Annual report on the Civil Veterinary Department, Burma (including the Insein Veterinary School) - 1910-1922
Year: 1910
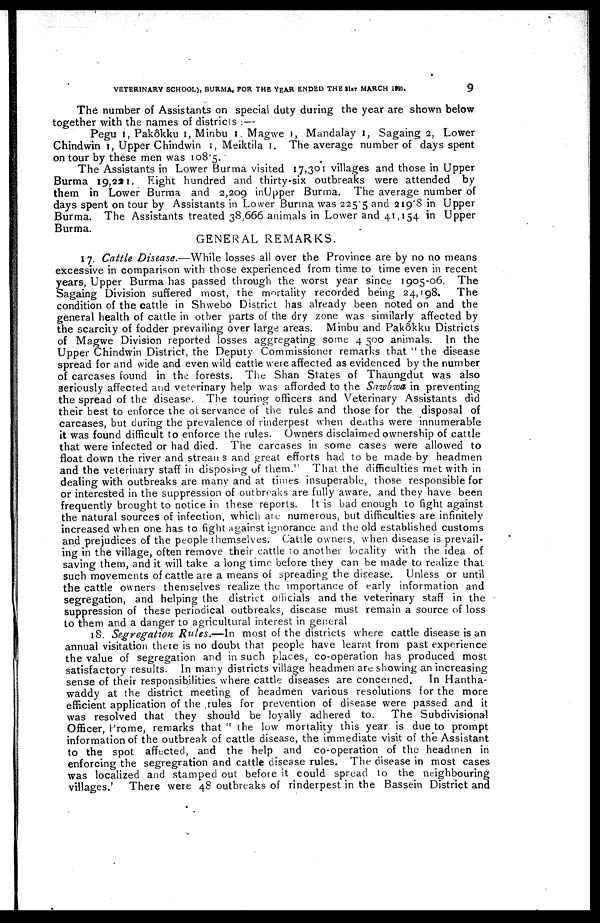
VETERINARY SCHOOL), BURMA, FOR THE YEAR ENDED THE 31st MARCH
1921.
9
The number of Assistants on special duty during the year are shown below
together with the names of districts :—
Pegu 1, Pakôkku 1, Minbu 1 Magwe 1, Mandalay 1, Sagaing 2, Lower
Chindwin 1, Upper Chindwin 1, Meiktila 1. The average number of days spent
on tour by these men was 108.5.
The Assistants in Lower Burma visited 17,301 villages and those in Upper
Burma 19,221. Right hundred and thirty-six outbreaks were attended by
them in Lower Burma and 2,209 inUpper Burma. The average number of
days spent on tour by Assistants in Lower Burma was 225.5 and 219.8 in Upper
Burma. The Assistants treated 38,666 animals in Lower and 41,154 in Upper
Burma.
GENERAL REMARKS.
17 Cattle Disease.—While losses all over the Province are by no no means
excessive in comparison with those experienced from time to time even in recent
years, Upper Burma has passed through the worst year since 1905-06. The
Sagaing Division suffered most, the mortality recorded being 24,198.
The
condition of the cattle in Shwebo District has already been noted on and the
general health of cattle in other parts of the dry zone was similarly affected by
the scarcity of fodder prevailing over large areas. Minbu and Pakôkku Districts
of Magwe Division reported losses aggregating some 4 500 animals. In the
Upper Chindwin District, the Deputy Commissioner remarks that " the disease
spread for and wide and even wild cattle were affected as evidenced by the number
of carcases found in the forests. The Shan States of Thaungdut was also
seriously affected and veterinary help was afforded to the Sawbwa in preventing
the spread of the disease. The touring officers and Veterinary Assistants did
their best to enforce the of servance of the rules and those for the disposal of
carcases, but during the prevalence of rinderpest when deaths were innumerable
it was found difficult to enforce the rules. Owners disclaimed ownership of cattle
that were infected or had died. The carcases in some cases were allowed to
float down the river and strean s and great efforts had to be made by headmen
and the veterinary staff in disposing of them." That the difficulties met with in
dealing with outbreaks are many and at times insuperable, those responsible for
or interested in the suppression of outbreaks are fully aware, and they have been
frequently brought to notice in these reports. It is bad enough to fight against
the natural sources of infection, which are numerous, but difficulties are infinitely
increased when one has to fight against ignorance and the old established customs
and prejudices of the people themselves. Cattle owners, when disease is prevail-
ing in the village, often remove their cattle to another locality with the idea of
saving them, and it will take a long time before they can be made to realize that
such movements of cattle are a means of spreading the disease. Unless or until
the cattle owners themselves realize the importance of early information and
segregation, and helping the district officials and the veterinary staff in the
suppression of these periodical outbreaks, disease must remain a source of loss
to them and a danger to agricultural interest in general
18. Segregation Rules.—In
most of the districts where cattle disease is an
annual visitation there is no doubt that people have learnt from past experience
the value of segregation and in such places, co-operation has produced most
satisfactory results. In many districts village headmen are showing an increasing
sense of their responsibilities where cattle diseases are concerned.
In Hantha-
waddy at the district meeting of headmen various resolutions for the more
efficient application of the rules for prevention of disease were passed and it
was resolved that they should be loyally adhered to.
The Subdivisional
Officer, Prome, remarks that " the low mortality this year is due to prompt
information of the outbreak of cattle disease, the immediate visit of the Assistant
to the spot affected, and the help and co-operation of the headmen in
enforcing the segregation and cattle disease rules. The disease in most cases
was localized and stamped out before it could spread to the neighbouring
villages.'
There were 48 outbreaks of rinderpest in the Bassein District and